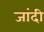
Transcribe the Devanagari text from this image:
जांदी